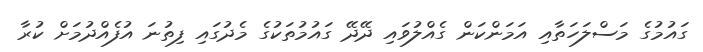
ގައުމުގެ މަސްލަހަތާއި އަމަންކަން ގެއްލުވައި ދޭދޭ ގައުމުތަކުގެ މެދުގައި ފިތުނަ އުފެއްދުމަށް ކުރާ